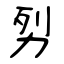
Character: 劽